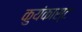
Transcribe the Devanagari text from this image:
कुयंकास्ट